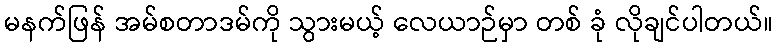
မနက်ဖြန် အမ်စတာဒမ်ကို သွားမယ့် လေယာဉ်မှာ တစ် ခုံ လိုချင်ပါတယ်။